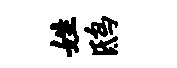
姓鸱